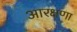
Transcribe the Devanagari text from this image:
आरक्षणा